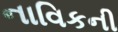
નાવિકની